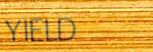
YIELD